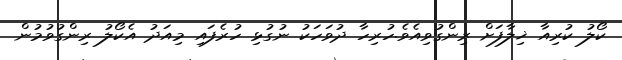
ކޯލު ކުރިއާ ޚިލާފަށް ރިންގުވިއެވެ.ހުރިހާ ދުވަހަކު ނުގުޅި ހުރެފައި މިއަދު އެކޯލު ރިންގުވުމުން